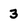
Character: 3